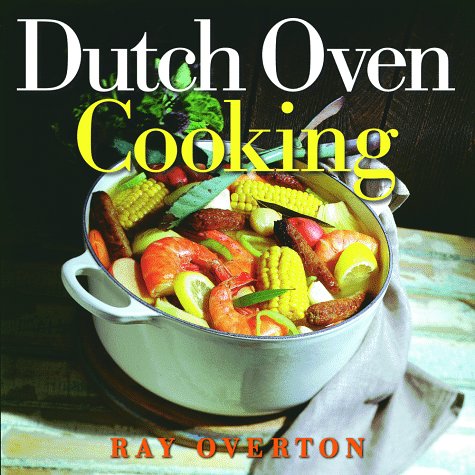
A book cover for Dutch Oven Cooking; Ray Overton; Cookbooks, Food & Wine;